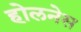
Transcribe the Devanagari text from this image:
होलनेस